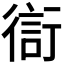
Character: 𧗳